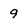
Character: 9